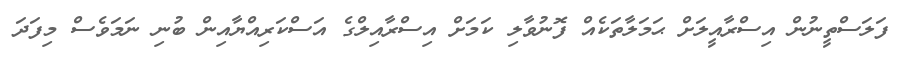
ފަލަސްތީނުން އިސްރާއީލަށް ޙަމަލާތަކެއް ފޮނުވާލި ކަމަށް އިސްރާއިލްގެ އަސްކަރިއްޔާއިން ބުނި ނަމަވެސް މިފަދަ